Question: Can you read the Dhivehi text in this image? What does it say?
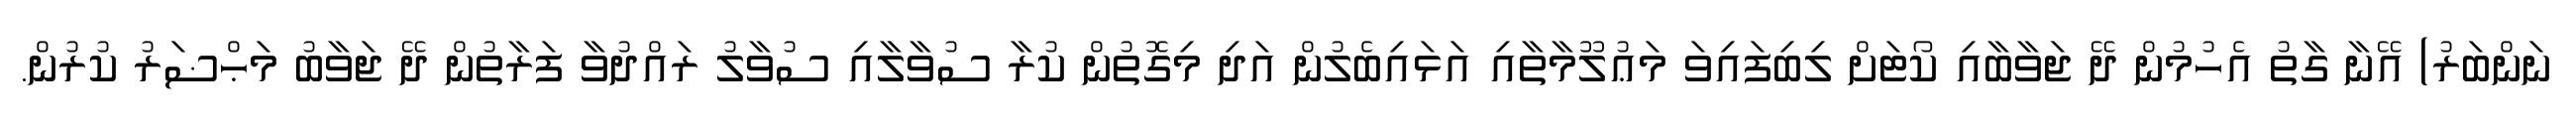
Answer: ނަންބަރު) އޭނާ ގާތު އެހުމުން ދޭ ޖަވާބާއި ކޯޓަށް ލިބިފައިވަ މަޢުލޫމާތާއި އަޅައިބެލުން އަދި މިގޮތުން ކުރާ ސުވާލާއި ސުވާލު ރައްދުވާ ފަރާތުން ދޭ ޖަވާބު މަޙްޟަރު ކުރުން.